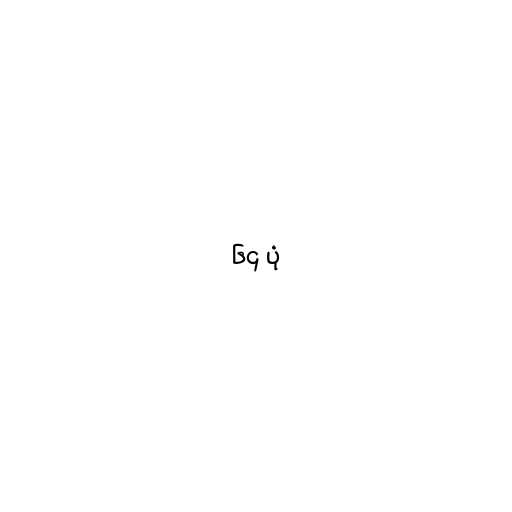
၆၄ ပုံ